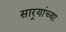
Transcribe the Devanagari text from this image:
सार्‍यांच्या